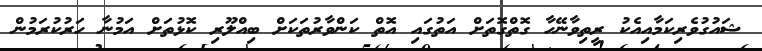
ޝައުގުވެރިކަމާއިއެކު ރީތިވާނޭހާ ގޮތްގޮތަށް އަތުގައި އޮތް ކަންވާރުތަކަށް ބިއްލޫރި ކޮޅުތަށް އަމުނާ ހަރުކުރަމުން